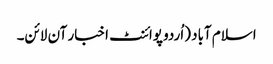
اسلام آباد (اُردو پوائنٹ اخبار آن لائن۔